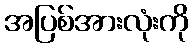
အပြစ်အားလုံးကို